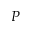
P